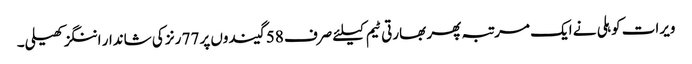
ویرات کوہلی نے ایک مرتبہ پھر بھارتی ٹیم کیلئے صرف 58 گیندوں پر 77 رنز کی شاندار اننگز کھیلی۔